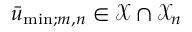
\bar { u } _ { \mathrm { m i n } ; m , n } \in \mathcal X \cap \mathcal X _ { n }